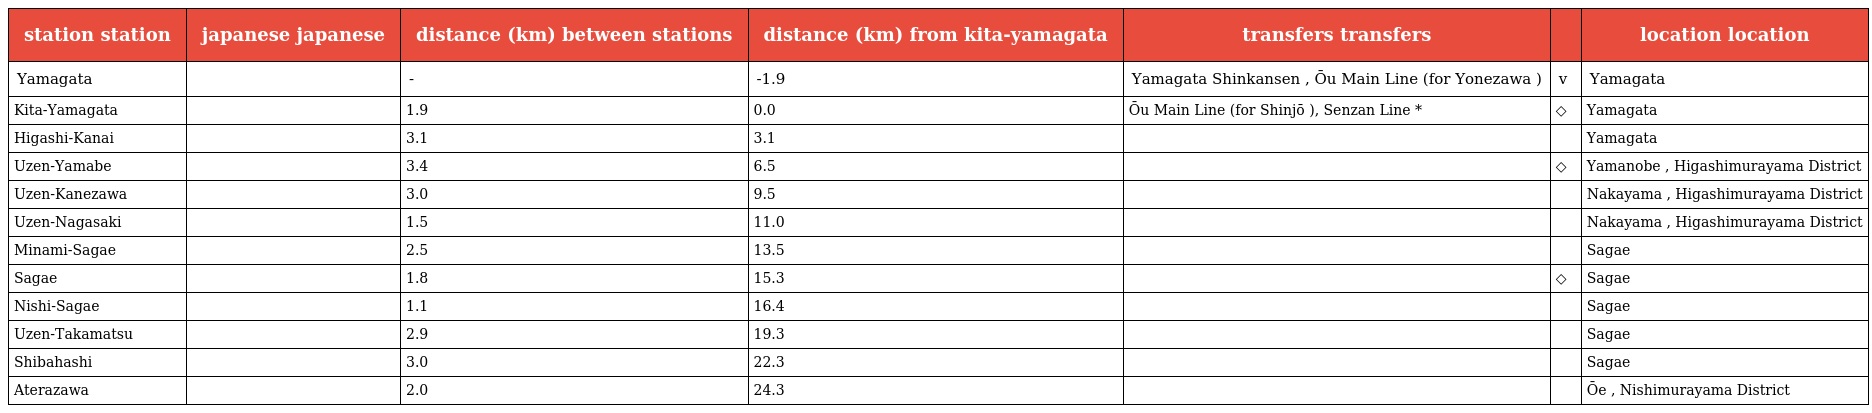
| station station | japanese japanese | distance (km) between stations | distance (km) from kita-yamagata | transfers transfers |  | location location |
 | --- | --- | --- | --- | --- | --- | --- |
 | Yamagata | 山形 | - | -1.9 | Yamagata Shinkansen , Ōu Main Line (for Yonezawa ) | v | Yamagata |
 | Kita-Yamagata | 北山形 | 1.9 | 0.0 | Ōu Main Line (for Shinjō ), Senzan Line * | ◇ | Yamagata |
 | Higashi-Kanai | 東金井 | 3.1 | 3.1 |  | ｜ | Yamagata |
 | Uzen-Yamabe | 羽前山辺 | 3.4 | 6.5 |  | ◇ | Yamanobe , Higashimurayama District |
 | Uzen-Kanezawa | 羽前金沢 | 3.0 | 9.5 |  | ｜ | Nakayama , Higashimurayama District |
 | Uzen-Nagasaki | 羽前長崎 | 1.5 | 11.0 |  | ｜ | Nakayama , Higashimurayama District |
 | Minami-Sagae | 南寒河江 | 2.5 | 13.5 |  | ｜ | Sagae |
 | Sagae | 寒河江 | 1.8 | 15.3 |  | ◇ | Sagae |
 | Nishi-Sagae | 西寒河江 | 1.1 | 16.4 |  | ｜ | Sagae |
 | Uzen-Takamatsu | 羽前高松 | 2.9 | 19.3 |  | ｜ | Sagae |
 | Shibahashi | 柴橋 | 3.0 | 22.3 |  | ｜ | Sagae |
 | Aterazawa | 左沢 | 2.0 | 24.3 |  | ｜ | Ōe , Nishimurayama District |